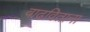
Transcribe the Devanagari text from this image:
वाढविताना